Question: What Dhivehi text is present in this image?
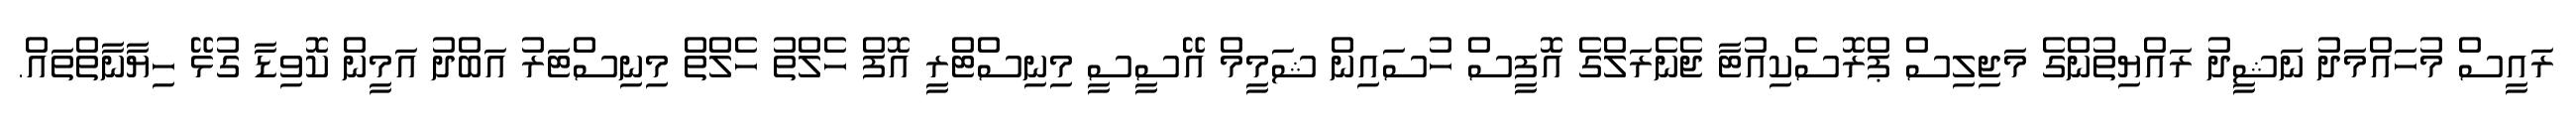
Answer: ރައީސް މުހައްމަދު ނަޝީދު ރައްޔިތުންގެ މަޖިލިސް ޕްރޮސެކިއުޓާ ޖެނެރަލްގެ އޮފީސް ހުސައިން ޝަމީމް އޭސީސީ މިނިސްޓްރީ އޮފް ހެލްތު ހެލްތް މިނިސްޓަރު އަބްދު އަމީން ކޮވިޑާ ގުޅޭ ހިޔާނާތްތައް.